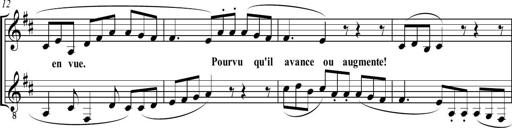
Title: Sonatine bureaucratique
Composer: Erik Satie